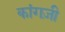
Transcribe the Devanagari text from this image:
कांगज़ी